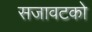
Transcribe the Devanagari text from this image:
सजावटको